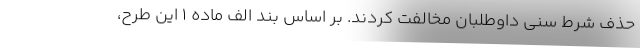
حذف شرط سنی داوطلبان مخالفت کردند. بر اساس بند الف ماده ۱ این طرح،